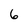
Character: 6